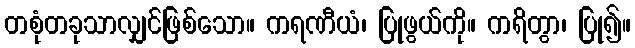
တစုံတခုသာလျှင်ဖြစ်သော။ ကရဏီယံ၊ ပြုဖွယ်ကို။ ကရိတွာ၊ ပြု၍။